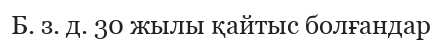
Б. з. д. 30 жылы қайтыс болғандар